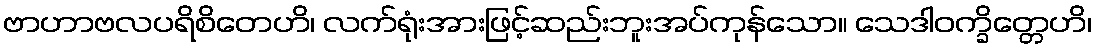
ဗာဟာဗလပရိစိတေဟိ၊ လက်ရုံးအားဖြင့်ဆည်းဘူးအပ်ကုန်သော။ သေဒါဝက္ခိတ္တေဟိ၊